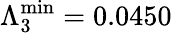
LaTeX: \Lambda_{3}^{\mathrm{min}}=0.0450